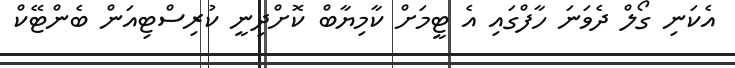
އެކަނި ގޯލް ދެވަނަ ހާފްގައި އެ ޓީމަށް ކާމިޔާބް ކޮށްދިނީ ކުރިސްޓިއަން ބެންޓޭކް